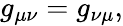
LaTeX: g_{\mu\nu}=g_{\nu\mu},